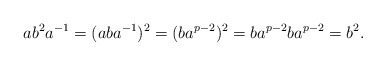
\begin{align*}ab^2a^{-1} = (aba^{-1})^2 = (ba^{p-2})^2 = ba^{p-2}ba^{p-2} = b^2.\end{align*}